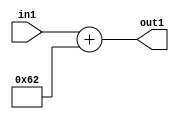
`timescale 1ps / 1ps
/*****************************************************************************
    Verilog RTL Description
    
    
    Created by: Stratus DpOpt 2019.1.01 
*******************************************************************************/

module DC_Filter_Add_12U_212_4 (
	in1,
	out1
	); /* architecture "behavioural" */ 
input [11:0] in1;
output [11:0] out1;
wire [11:0] asc001;

assign asc001 = 
	+(in1)
	+(12'B000001100010);

assign out1 = asc001;
endmodule

/* CADENCE  urnzTgs= : u9/ySgnWtBlWxVPRXgAZ4Og= ** DO NOT EDIT THIS LINE ******/